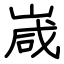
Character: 嵅